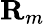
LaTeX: {\mathbf{R}_{m}}